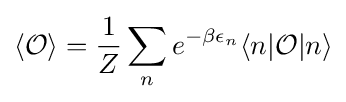
\langle {\mathcal {O}}\rangle ={\frac {1}{Z}}\sum _{n}e^{-\beta \epsilon _{n}}\langle n|{\mathcal {O}}|n\rangle